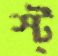
স্ট্